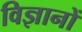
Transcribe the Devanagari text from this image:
विज्ञानों